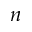
n